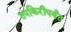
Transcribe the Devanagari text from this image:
तपकिरीपर्यंत